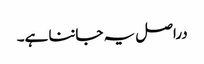
دراصل یہ جاننا ہے۔